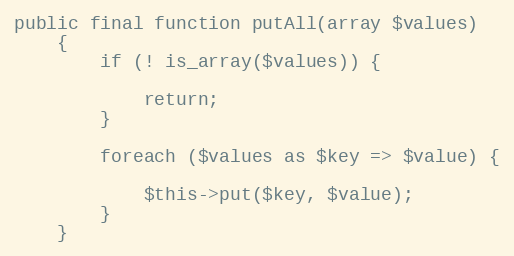
Language: PHP
public final function putAll(array $values)
    {
        if (! is_array($values)) {

            return;
        }

        foreach ($values as $key => $value) {

            $this->put($key, $value);
        }
    }